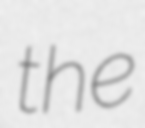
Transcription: the